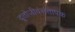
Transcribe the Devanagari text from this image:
दूतोजीवंसंतापक